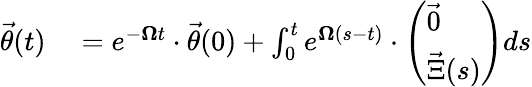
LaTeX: \begin{array}{rl}{\vec{\theta}(t)}&{{}=e^{-\boldsymbol{\Omega}t}\cdot\vec{\theta}(0)+\int_{0}^{t}e^{\boldsymbol{\Omega}(s-t)}\cdot\left(\begin{array}{l}{\vec{0}}\\ {\vec{\Xi}(s)}\end{array}\right)ds}\end{array}